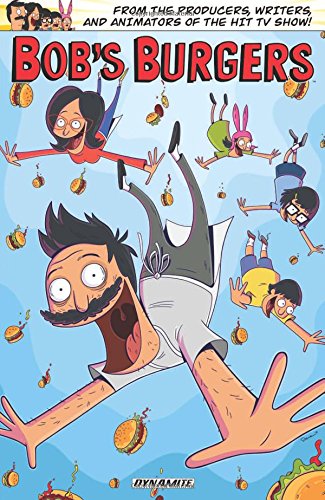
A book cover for Bob's Burgers (Bobs Burgers Tp); Chad Brewster; Comics & Graphic Novels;